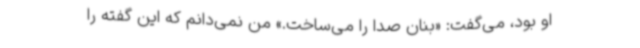
او بود، می‌گفت: «بنان صدا را ‌می‌ساخت.» من نمی‌دانم که این گفته را